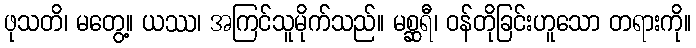
ဖုသတိ၊ မတွေ့။ ယဿ၊ အကြင်သူမိုက်သည်။ မစ္ဆရီ၊ ဝန်တိုခြင်းဟူသော တရားကို။